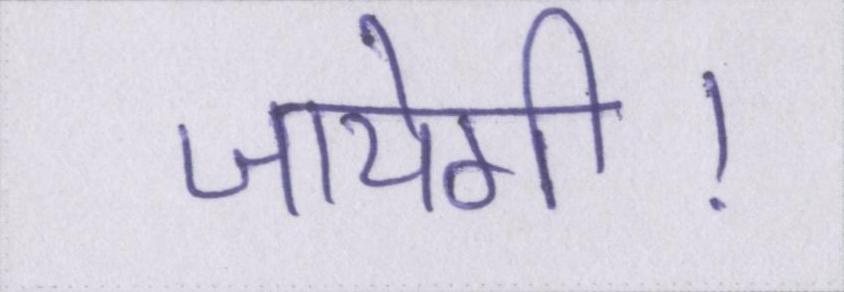
जायेगी।